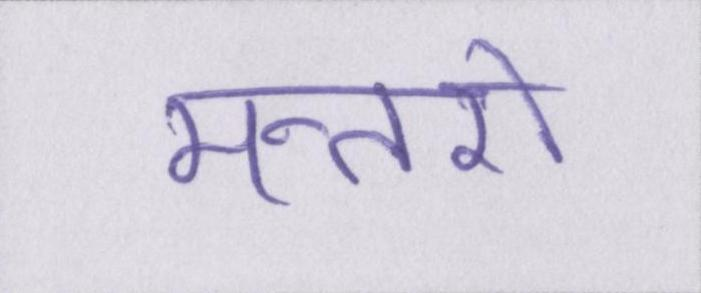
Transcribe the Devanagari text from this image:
मन्तरो